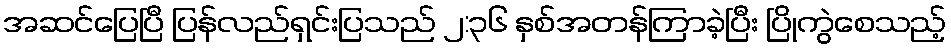
အဆင်ပြေပြီ ပြန်လည်ရှင်းပြသည် ၂:၃၆ နှစ်အတန်ကြာခဲ့ပြီး ပြိုကွဲစေသည့်